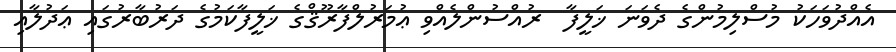
އެއްދުވަހަކު މުސްލިމުންގެ ދެވަނަ ޚަލީފާ  ރުއްސުންލެއްވި ޢުމަރުލްފާރޫޤްގެ ޚަލީފާކަމުގެ ދަރުބާރުގައި ޢަދުލާއި